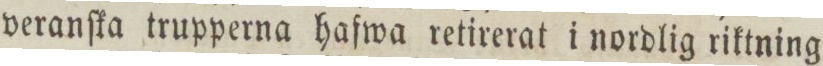
veranſka trupperna hafwa retirerat i nordlig riktning